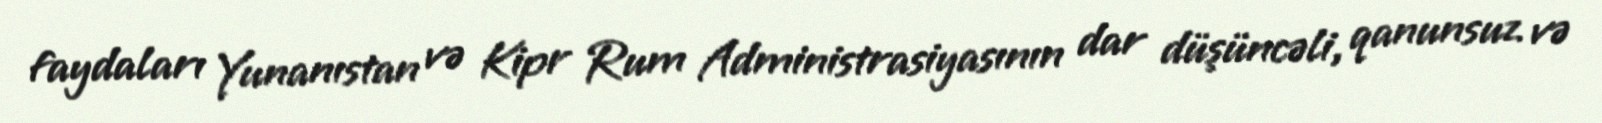
faydaları Yunanıstan və Kipr Rum Administrasiyasının dar düşüncəli, qanunsuz və